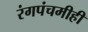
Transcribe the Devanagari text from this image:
रंगपंचमीही